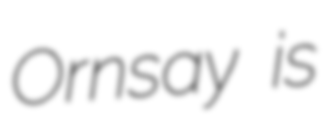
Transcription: Ornsay is